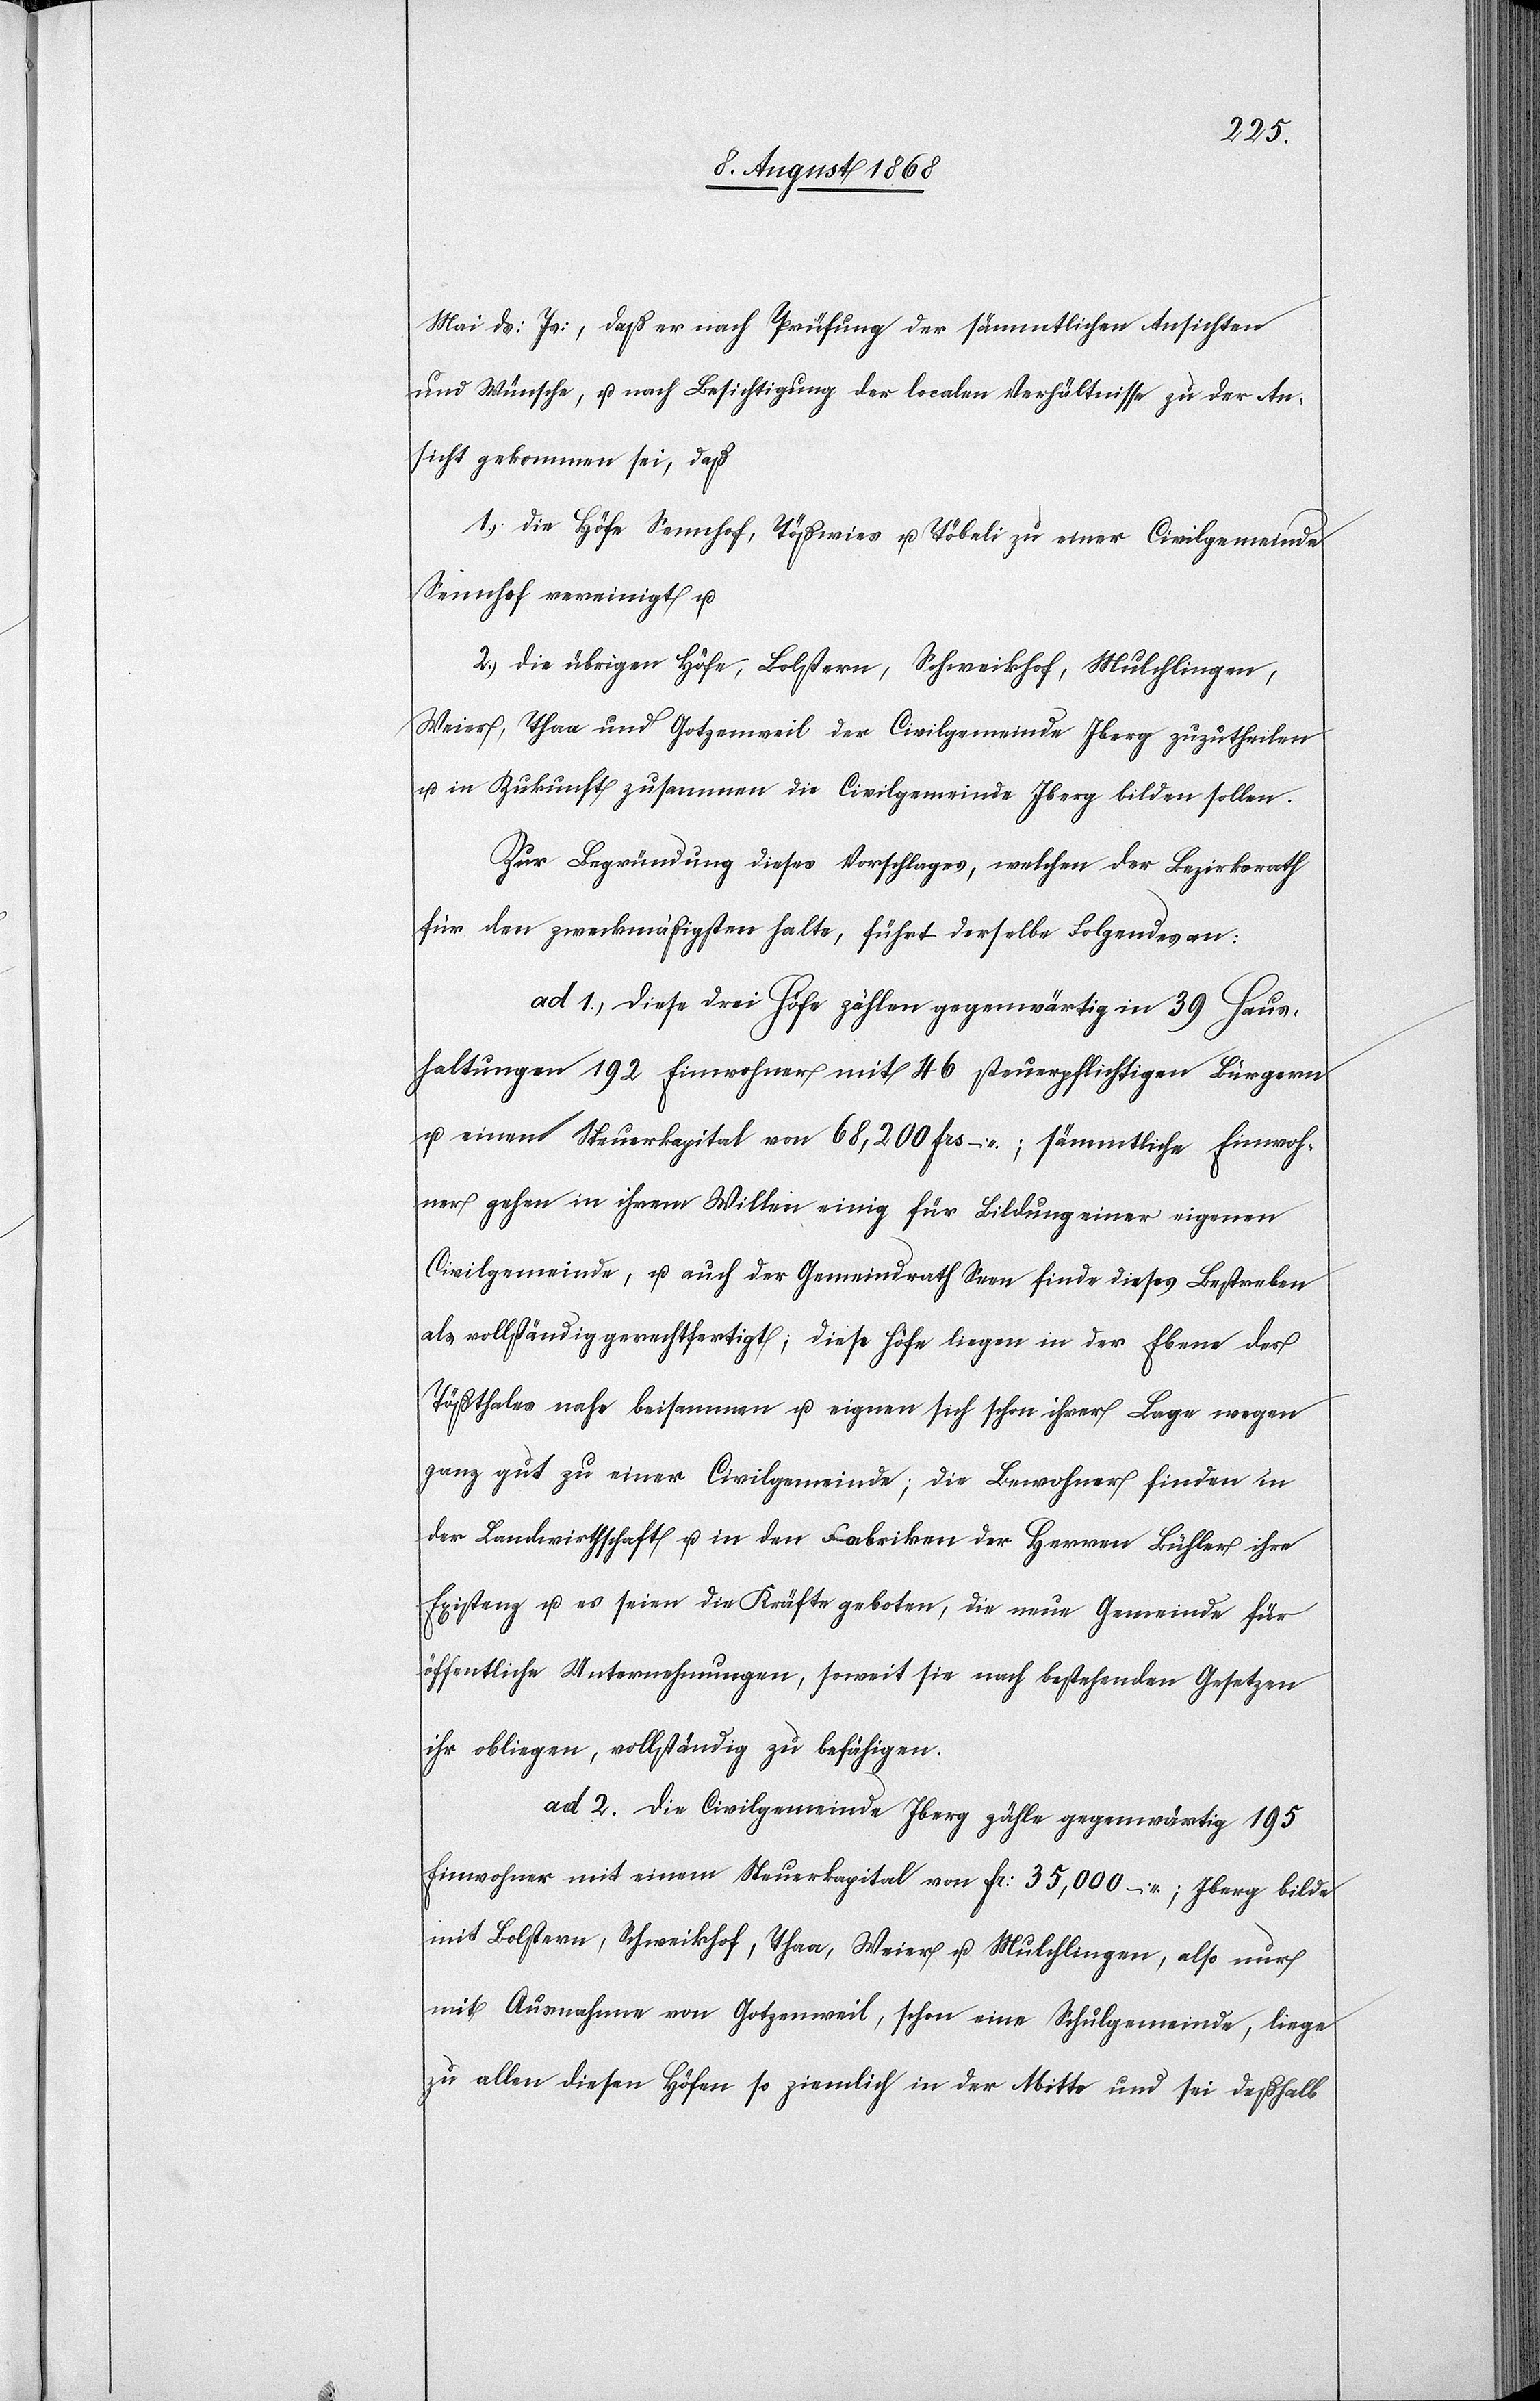
Mai ds: Js:, daß er nach Prüfung der sämmtlichen Ansichten
und Wünsche, u. nach Besichtigung der localen Verhältnisse zu der An¬
sicht gekommen sei, daß
1.) die Höfe Sennhof, Tößwies u. Töbeli zu einer Civilgemeinde
Sennhof vereinigt u.
2.) die übrigen Höfe, Bolstern, Schweikhof, Mulchlingen,
Weier, Thaa und Gotzenweil der Civilgemeinde Iberg zuzutheilen
u. in Zukunft zusammen die Civilgemeinde Iberg bilden sollen.
Zur Begründung dieses Vorschlages, welchen der Bezirksrath
für den zweckmäßigsten halte, führt derselbe Folgendes an:
ad 1.) Diese drei Höfe zählen gegenwärtig in 39 Haus¬
haltungen 192 Einwohner mit 46 steuerpflichtigen Bürgern
u. einem Steuerkapital von 68,200 Frs –; sämmtliche Einwoh¬
ner gehen in ihrem Willen einig für Bildung einer eigenen
Civilgemeinde, u. auch der Gemeindrath Seen finde dieses Bestreben
als vollständig gerechtfertigt; diese Höfe liegen in der Ebene des
Tößthales nahe beisammen u. eignen sich schon ihrer Lage wegen
ganz gut zu einer Civilgemeinde; die Bewohner finden in
der Landwirthschaft u. in den Fabriken der Herren Bühler ihre
Existenz u. es seien die Kräfte geboten, die neue Gemeinde für
öffentliche Unternehmungen, soweit sie nach bestehenden Gesetzen
ihr obliegen, vollständig zu befähigen.
ad 2.) Die Civilgemeinde Iberg zähle gegenwärtig 195
Einwohner mit einem Steuerkapital von Fr: 35,000 –; Iberg bilde
mit Bolstern, Schweikhof, Thaa, Weier u. Mulchlingen, also nur
mit Ausnahme von Gotzenweil, schon eine Schulgemeinde, liege
zu allen diesen Höfen so ziemlich in der Mitte und sei deßhalb